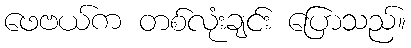
ဖေဗယ်က တစ်လုံးချင်း ပြောသည်။